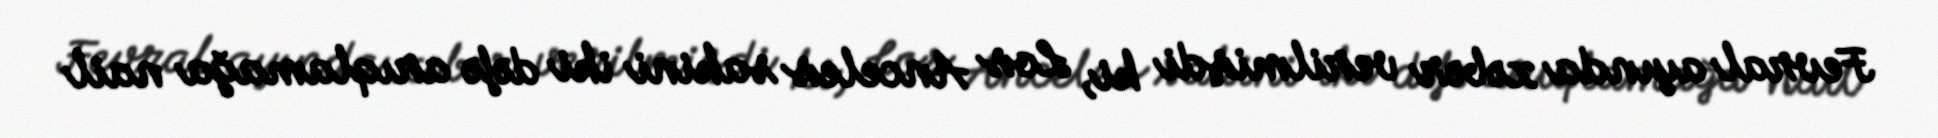
Fevral ayında xəbər verilmişdi ki, Los Anceles sakini iki dəfə arıqlamağa nail